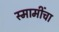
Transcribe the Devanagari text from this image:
स्मामींचा